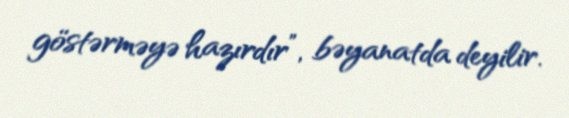
göstərməyə hazırdır”, bəyanatda deyilir.